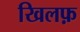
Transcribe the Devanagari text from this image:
खिलफ़